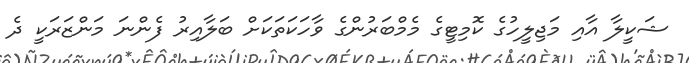
ޝަކީލާ އާއި މަޖިލީހުގެ ކޮމިޓީގެ މެމްބަރުންގެ ވާހަކަތަކަށް ބަލާއިރު ފެންނަ މަންޒަރަކީ ދެ